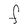
Character: F